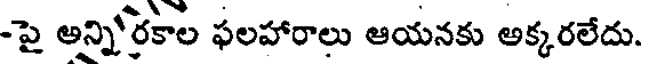
-పై అన్ని'రకాల ఫలహారాలు ఆయనకు అక్కరలేదు.